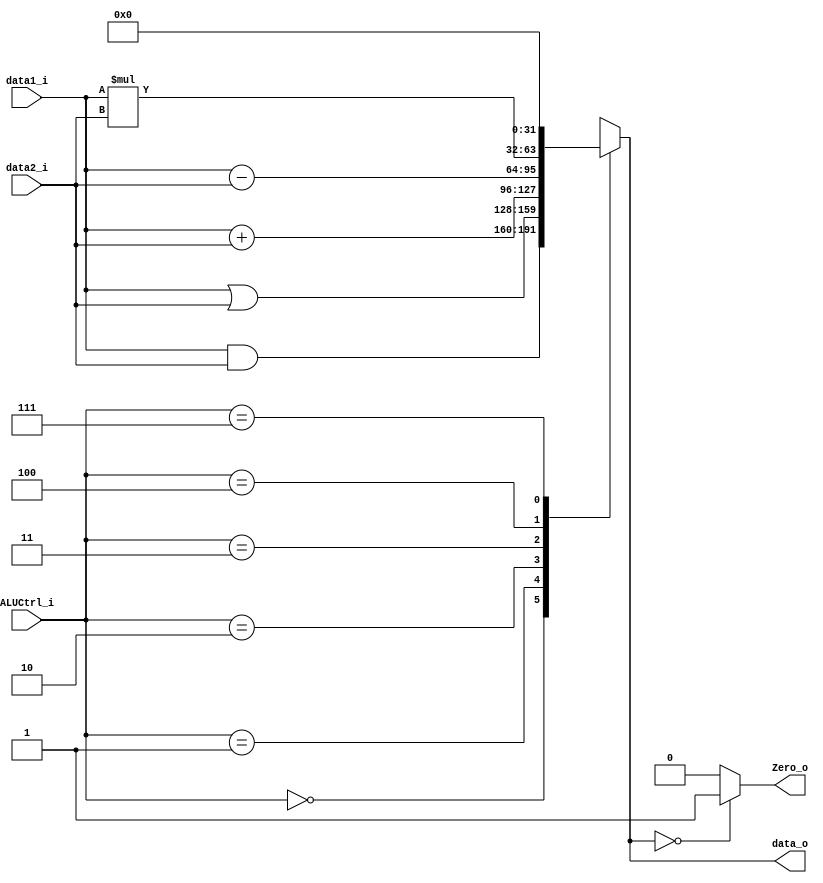
module ALU
(
    data1_i,
    data2_i,
    ALUCtrl_i,
    data_o,
    Zero_o
);

input   [31:0]  data1_i, data2_i;
input   [2:0]   ALUCtrl_i;
output  [31:0]  data_o;
output          Zero_o;

reg     [31:0]  data_o;
reg             Zero_o;

always@(data1_i or data2_i or ALUCtrl_i) begin
    case(ALUCtrl_i)
        3'b000: data_o = data1_i & data2_i;  // and
        3'b001: data_o = data1_i | data2_i;  // or
        3'b010: data_o = data1_i + data2_i;  // add
        3'b011: data_o = data1_i - data2_i;  // sub
        3'b100: data_o = data1_i * data2_i;  // mul
        3'b111: data_o = 0;  // nop (sll)
        default: data_o = 32'bx;
    endcase
    Zero_o = data_o == 0 ? 1'b1 : 1'b0;
end

endmodule